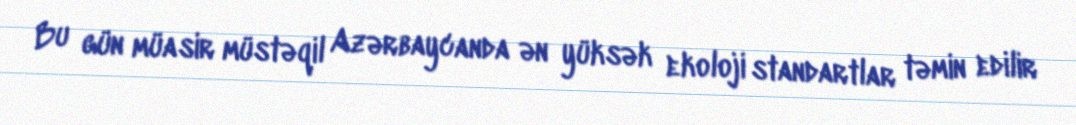
Bu gün müasir müstəqil Azərbaycanda ən yüksək ekoloji standartlar təmin edilir